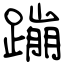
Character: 蹦